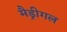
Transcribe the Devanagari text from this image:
मैड्रीगल